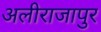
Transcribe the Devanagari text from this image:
अलीराजापुर